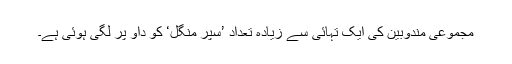
مجموعی مندوبین کی ایک تہائی سے زیادہ تعداد ’سپر منگل‘ کو داؤ پر لگی ہوئی ہے۔